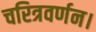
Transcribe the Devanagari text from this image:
चरित्रवर्णन।